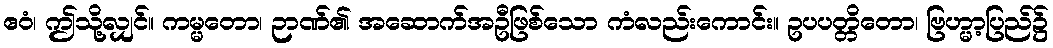
ဧဝံ၊ ဤသို့လျှင်။ ကမ္မတော၊ ဉာဏ်၏ အဆောက်အဦဖြစ်သော ကံလည်းကောင်း။ ဥပပတ္တိတော၊ ဗြဟ္မာ့ပြည်၌